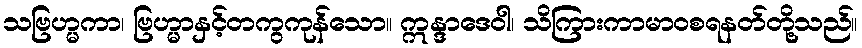
သဗြဟ္မကာ၊ ဗြဟ္မာနှင့်တကွကုန်သော။ ဣန္ဒာဒေဝါ၊ သိကြားကာမာဝစရနတ်တို့သည်။